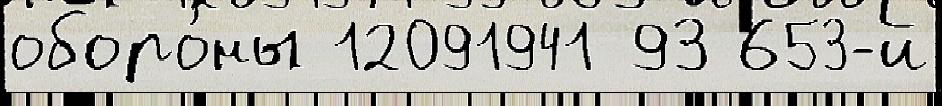
оборо́ны 12091941 93 653-й